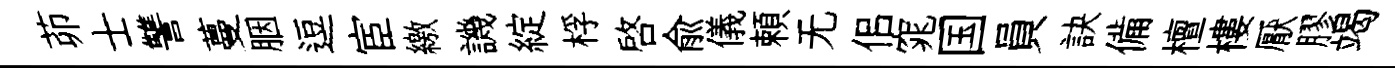
茆士讐蔓胭逗宦繳譏綻桴啓兪儀頼无佀窕国員訣備檀樓厭膠竭